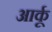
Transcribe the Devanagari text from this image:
आर्कू